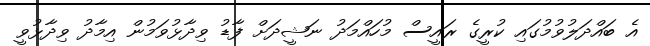
އެ ބައްދަލުވުމުގައި ކުރީގެ ރައީސް މުހައްމަދު ނަޝީދަށް ފާޑު ވިދާޅުވަމުން އިމާދު ވިދާޅުވީ